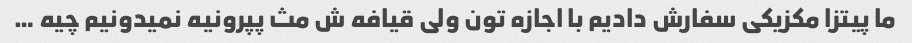
ما پیتزا مکزیکی سفارش دادیم با اجازه تون ولی قیافه ش مث پپرونیه نمیدونیم چیه …